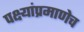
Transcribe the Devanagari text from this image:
पक्ष्यांप्रमाणेच